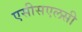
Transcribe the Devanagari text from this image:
एसीसएलसी